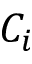
C _ { i }